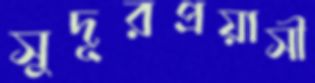
সুদূরপ্রয়াসী